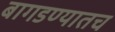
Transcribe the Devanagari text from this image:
बागडण्यातच